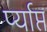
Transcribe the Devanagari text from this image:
र्प्याप्त